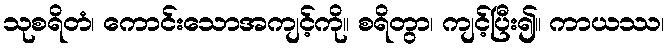
သုစရိတံ၊ ကောင်းသောအကျင့်ကို။ စရိတွာ၊ ကျင့်ပြီး၍။ ကာယဿ၊